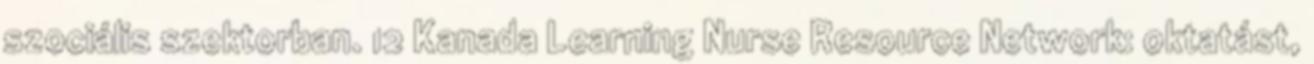
szociális szektorban. 12 Kanada Learning Nurse Resource Network: oktatást,